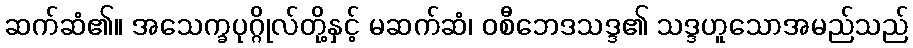
ဆက်ဆံ၏။ အသေက္ခပုဂ္ဂိုလ်တို့နှင့် မဆက်ဆံ၊ ဝစီဘေဒသဒ္ဒ၏ သဒ္ဒဟူသောအမည်သည်